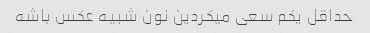
حداقل یکم سعی میکردین نون شبیه عکس باشه